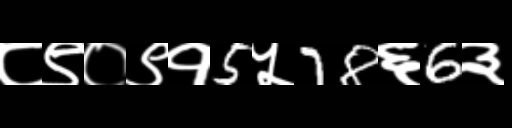
Text: ८९०९१5५78६6३